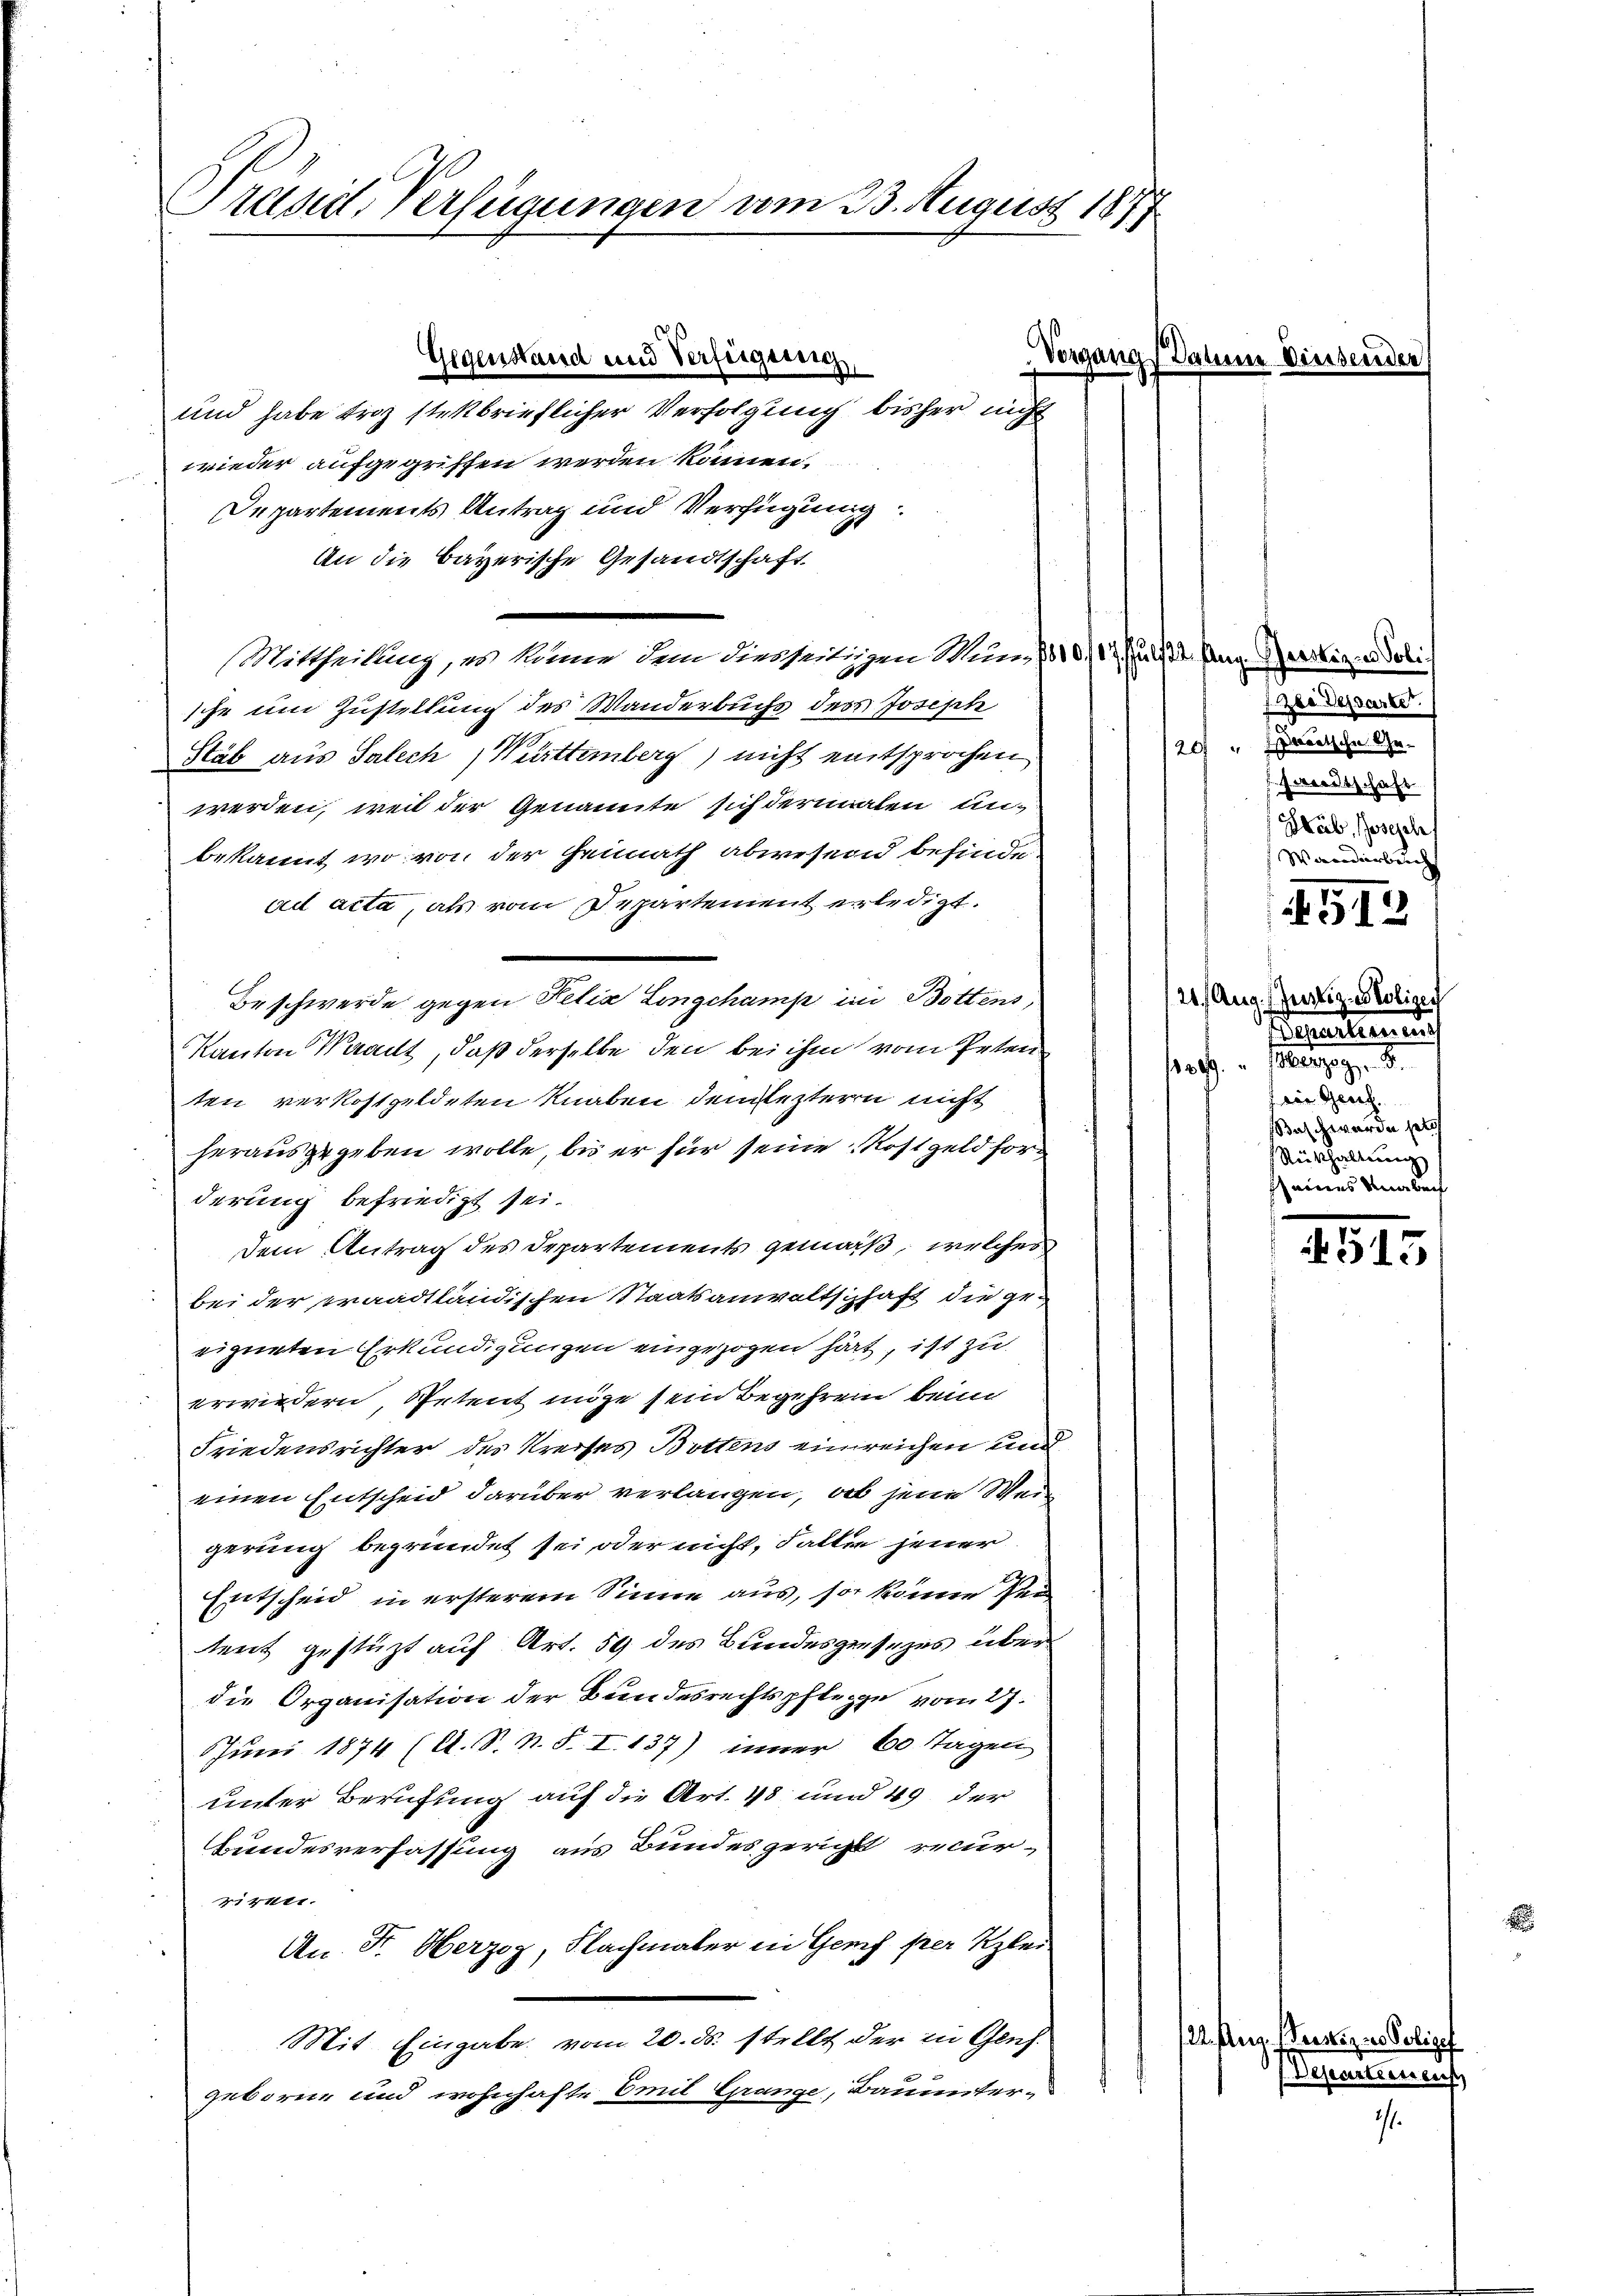
Präsit. Verfügungen am 23. August 1877

und habe troz stetbrieflicher Verfolgung bisher nicht
wieder aufgegriffen werden können.
Departements Antrag und Verfügung
An die Bayerische Gesandtschaft
Mittheilung, es könne dem diesseitigen Mund 1011. Jul. pag. Gerstigen Tobi-
sche um Zustellung des Wanderbuchs des Joseph
Stab aus Salech Württemberg) nicht entsprochen
werden, weil der Genannte sich dermalen unbekannt, wo von der Heimath abwesen befinde.
ad acta, als vom Departement erledigt.
Beschwerde gegen Pelia Longchamp in Bottens,
Kanton Waadt, daß derselbe den bei ihm vom Peten
ten verkostgeldeten Knaben dem leztern nicht
herausgegeben wolle, bis er für seine Kostgeld forderung befriedigt sei.
dem Antrag des Departements gemäß, welches
bei der praadtländischen Staatsanwaltschaft die geg
eigneten Erkundigungen eingezogen hat, ist zu
erwiedern, Petent möge sein Begehren beim
Friedensrichter des Kreises Bottens einreichen und
einen Entscheid darüber verlangen, ab jene Weigerung begründet sei oder nicht, Fallen jener
Entscheid in ersterem Sinne aus, so könne sei
tent gestüzt auf Art. 59 des Bundesgesezes über
die Organisation der Bundesrechtspflege vom 27.
Juni 1874 (A. S. N. S. I. 137) inner 60 Tagen
unter Berufung auf die Art. 48 und 49 der
Bundesverfassung aus Bundesgericht recurr1411.
An Fr. Oberzoz, Flachmaler in Genf per Klei
Mit Eingabe vom 20. ds. stellt der in Gensgeborne und wohnhafte Emil Grange, Bauunter-

Gegenstand und Verfügung

Vorgangs Jahre Diessei

Zee Dessartet.
20 " annische Gewetschaft.
Heib, Joseph
Warradierberch

51.

121. Aug. Justiz - Polizei
Separtemen
s
100.
frei Gesch.
Baschwerde jetz
Rükhaltŭng
seines Umarbeit

G13

.Aug. seitigen Poliz
Desearteine